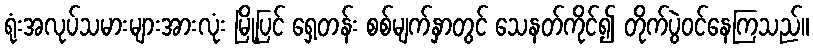
ရုံးအလုပ်သမားများအားလုံး မြို့ပြင် ရှေ့တန်း စစ်မျက်နှာတွင် သေနတ်ကိုင်၍ တိုက်ပွဲဝင်နေကြသည်။